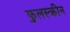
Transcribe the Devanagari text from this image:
फुलस्क्रीन